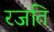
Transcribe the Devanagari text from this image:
रजति